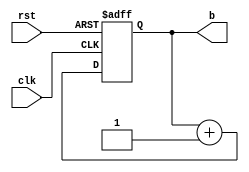
`timescale 1ns / 1ps
//////////////////////////////////////////////////////////////////////////////////
// Company: 
// Engineer: 
// 
// Design Name: 
// Module Name: counter
// Project Name: 
// Target Devices: 
// Tool Versions: 
// Description: 
// 
// Dependencies: 
// 
// Revision:
// Revision 0.01 - File Created
// Additional Comments:
// 
//////////////////////////////////////////////////////////////////////////////////


module counter(rst, clk,b);
    input  rst, clk;
    output [3:0]b;
    reg [3:0]b;
    reg[3:0]b_tmp;
    
    
always@(posedge clk or posedge rst)
    if(rst) 
      b<=4'd0;
    else 
      b<=b + 4'd1;     
    
endmodule